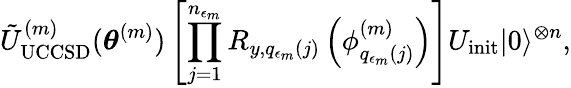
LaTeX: \tilde{U}_{\mathrm{UCCSD}}^{(m)}(\boldsymbol{\theta}^{(m)})\left[\prod_{j=1}^{n_{\epsilon_{m}}}R_{y,q_{\epsilon_{m}}(j)}\left(\phi_{q_{\epsilon_{m}}(j)}^{(m)}\right)\right]U_{\mathrm{init}}|0\rangle^{\otimes n},